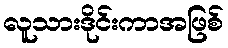
လူသားဒိုင်းကာအဖြစ်